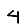
Digit: 4